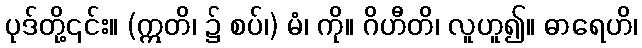
ပုဒ်တို့၎င်း။ (ဣတိ၊ ၌ စပ်၊) မံ၊ ကို။ ဂိဟီတိ၊ လူဟူ၍။ ဓာရေဟိ၊